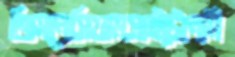
জিমনেসিয়ামসাইটোনমি